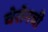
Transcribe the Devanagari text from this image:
चेरॉनची